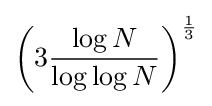
\left(3{\frac {\log N}{\log \log N}}\right)^{\frac {1}{3}}